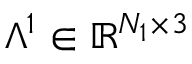
\mathbb { \Lambda } ^ { 1 } \in \mathbb { R } ^ { N _ { 1 } \times 3 }